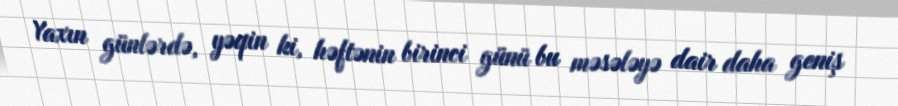
Yaxın günlərdə, yəqin ki, həftənin birinci günü bu məsələyə dair daha geniş